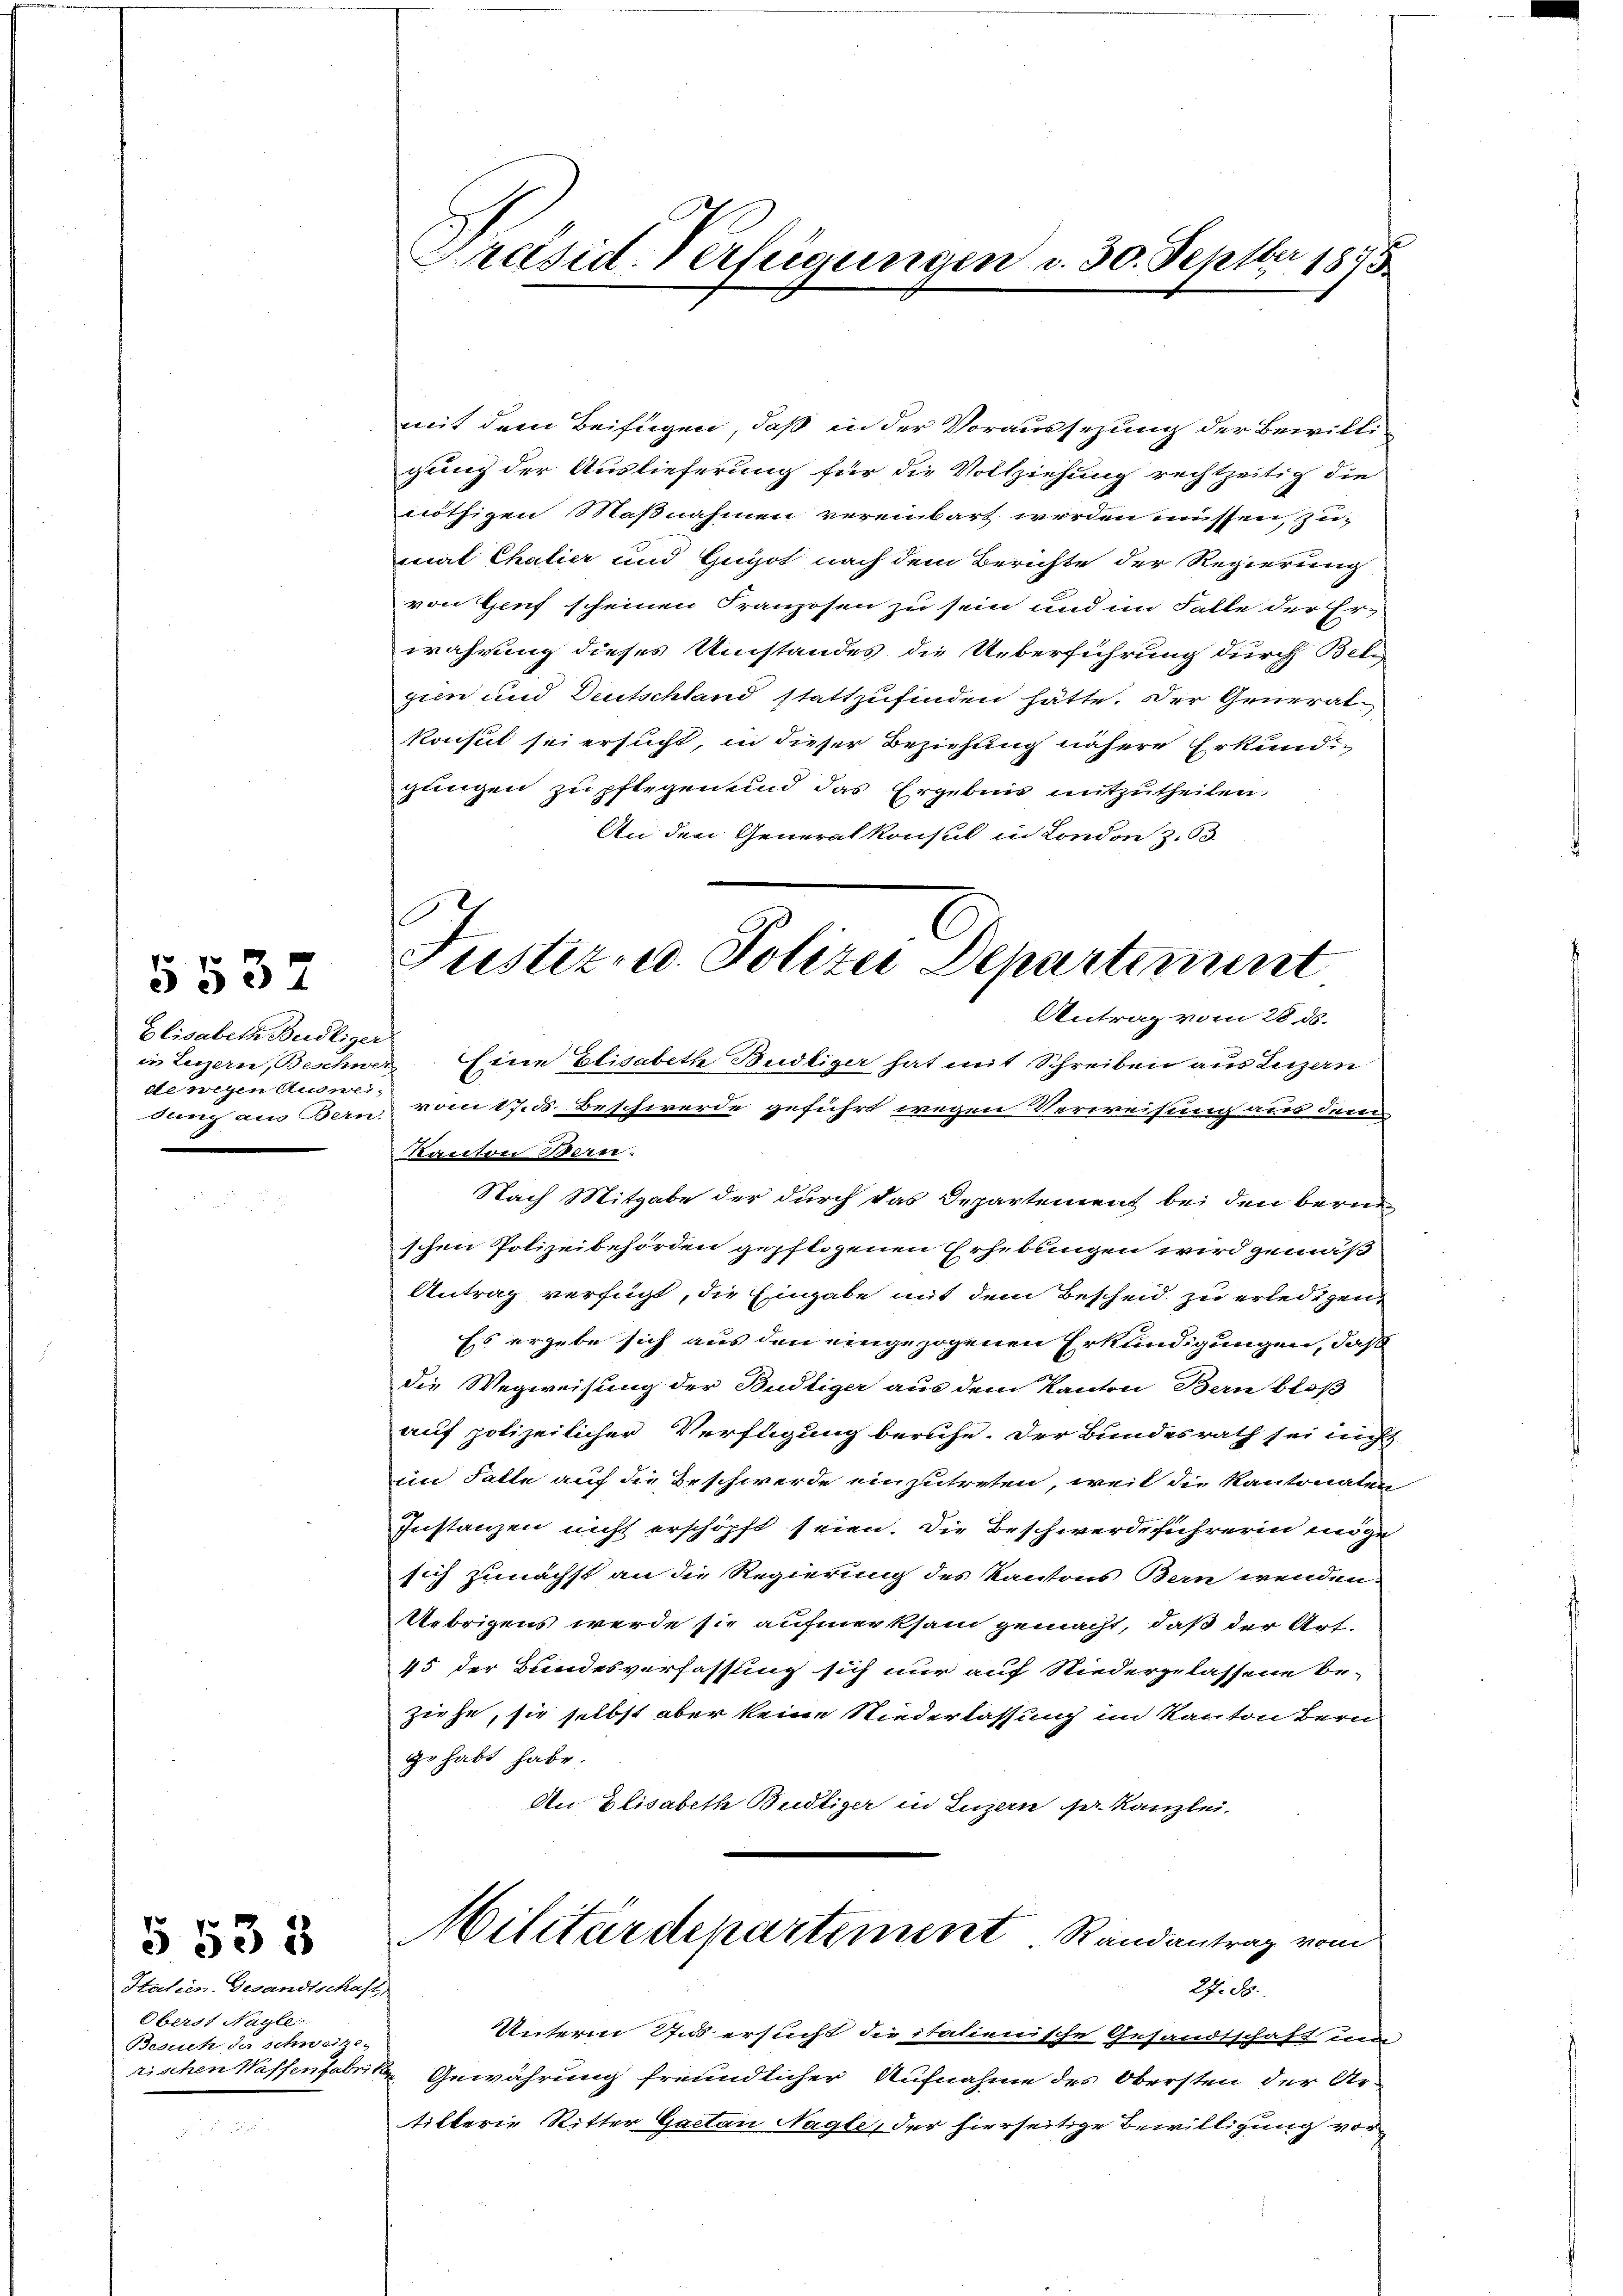
Elisabeth Budliger
in Luzern, Beschwe
de wegen Auswei
dung aus Bern.

5537

Htalien. Gesandtschaft,
Oberst Nagle
Besuch da schweize-
rtischen Waffenfabri

§ 535

Präsid-Verfügungen d. 30. Septbr 1875

Justiz- u. Polizei Departiment

mit dem Beifügen, daß in der Voraussezung der Bewilligung der Auslieferung für die Vollziehung rechtzeitig die
nöthigen Maßnahmen vereinbart werden müssen, zu
mat Chalier und Guyot nach dem Berichte der Regierung
von Genf scheinen Franzosen zu sein und im Falle der Er-
wahrung dieses Umstandes die Ueberführung durch Belgien und Deutschland stattzufinden hätte. Der Generalkonsul sei ersucht, in dieser Beziehung nähere Erkundiglingen zu pflegen und das Ergebnis mitzutheilen.
An den Generalkonsul in London Z. 63.
Antrag vom 28. ds.
Eine Elisabeth Budliger hat mit Schreiben aus Luzern
vom 17. d. Beschwerde geführt wegen Verweisung aus dann
Kanton Ban.
Nach Mitgabe der durch das Departement bei den berne
schen Polizeibehörden gepflogenen Erhebungen wird gemäß
Antrag verfügt, die Eingabe mit dem Bescheid zu erledigen,
Es ergebe sich aus den eingezogenen Erkundigungen, daß
die Wegweisung der Budtiger aus dem Kanton Bern bloß
auf polizeilicher Verfügung beruhe. Der Bundesrath sei nicht
im Falle auf die Beschwerde einzutreten, weil die Kantonalen
Instanzen nicht erschöpft seien. Die Beschwerdeführerin möge
sich zunächst an die Regierung des Kantons Bern wenden-
Uebrigens werde sie aufmerksam gemacht, daß der Art.
45 der Bundesverfassung sich nur auf Niedergelassene be-
ziehe, sie selbst aber keine Niederlassung im Kanton Bern
gehabt habe.
An Elisabeth Budliger in Luzern sr. Kanzlei.
Militärdepartement Randantrag vom
27. d.
Unterm 27. ersucht die italienische Gesandtschaft, u.
 Gewährung freundlicher Aufnahme des Obersten der Ar-
tilterie Ritter Gaetan Nagle, der hierseitige Bewilligung vor